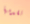
تقدمها